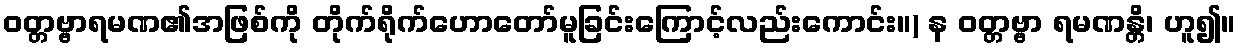
ဝတ္တဗ္ဗာရမဏ၏အဖြစ်ကို တိုက်ရိုက်ဟောတော်မူခြင်းကြောင့်လည်းကောင်း။) န ဝတ္တဗ္ဗာ ရမဏန္တိ၊ ဟူ၍။